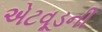
એટવૂડની